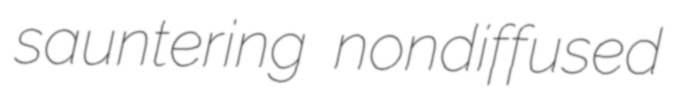
sauntering nondiffused